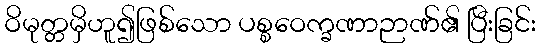
ဝိမုတ္တမှိဟူ၍ဖြစ်သော ပစ္စဝေက္ခဏာဉာဏ်၏ ပြီးခြင်း